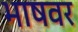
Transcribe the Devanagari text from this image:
भाषवर